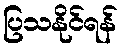
ပြသနိုင်ရန်